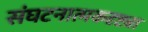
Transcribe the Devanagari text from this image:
संघटनात्मकदृष्ट्या